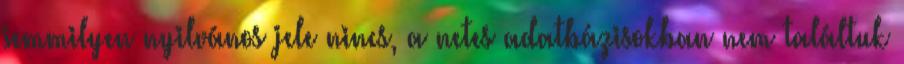
semmilyen nyilvános jele nincs, a netes adatbázisokban nem találtuk